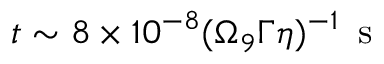
t \sim 8 \times 1 0 ^ { - 8 } ( \Omega _ { 9 } \Gamma \eta ) ^ { - 1 } \, \mathrm { ~ s ~ }